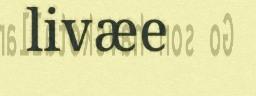
livæe